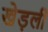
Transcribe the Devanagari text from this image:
खेड़ली